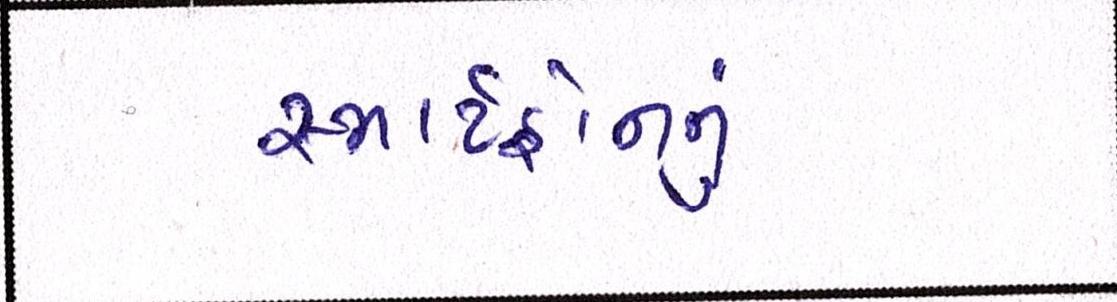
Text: સ્માર્ટફોનનું